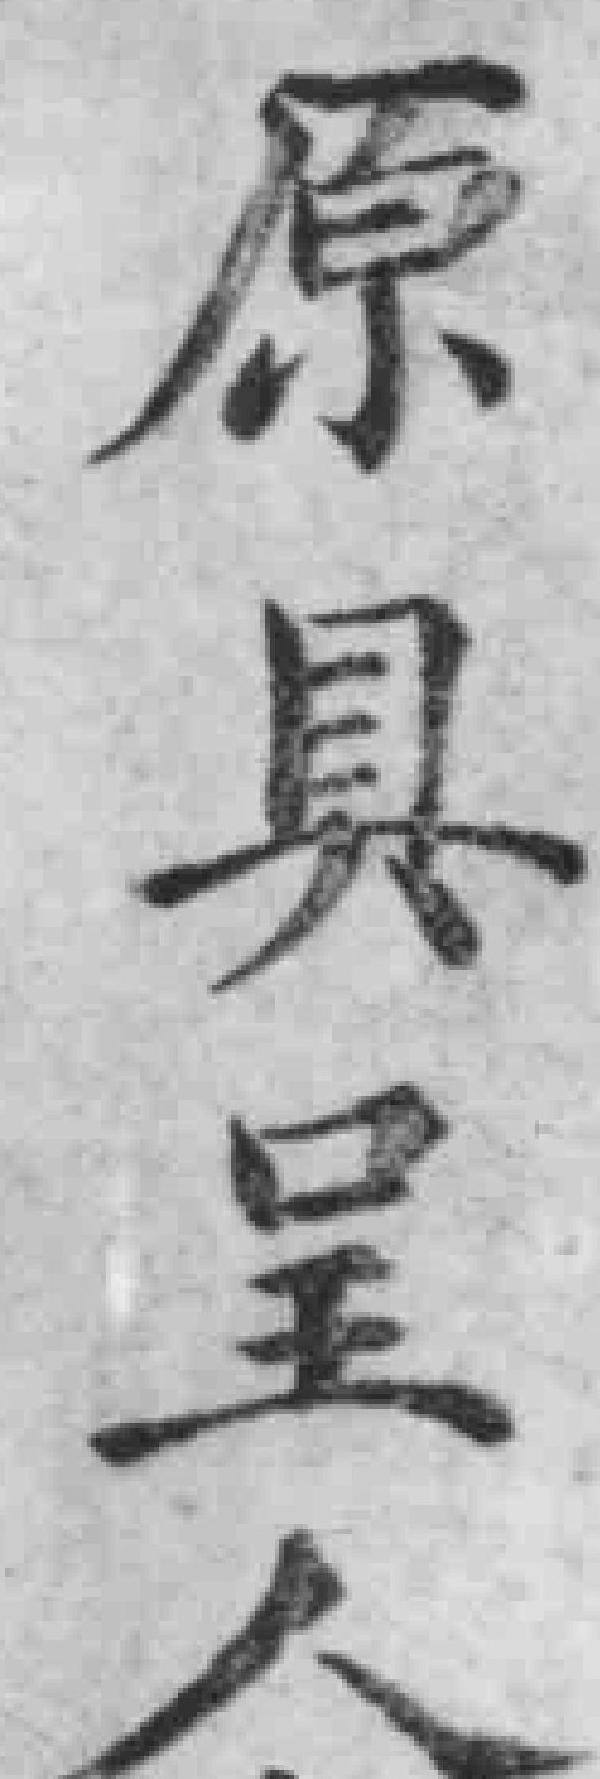
原具呈人